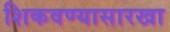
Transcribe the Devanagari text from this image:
शिकवण्यासारखा